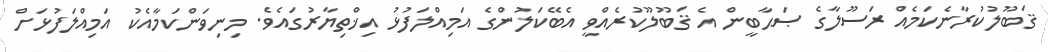
ޤަބޫލުކުރާނެކަމެއް ރަސޫލާގެ ޞަޙާބީން އެ ޤަބޫލޫކުރެއްވީ އެބޭކަލުންގެ އަމިއްލަފުޅު އިޚްތިޔާރުގައެވެ. މިނިވަންކަމާއެކު އަމިއްލަފުޅަށް